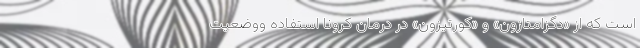
است که از «دگزامتازون» و «کورتیزون» در درمان کرونا استفاده ووضعیت